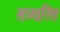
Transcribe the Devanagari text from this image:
सञ्चरित